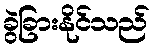
ခွဲခြားနိုင်သည်